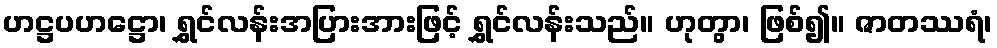
ဟဋ္ဌပဟဋ္ဌော၊ ရွှင်လန်းအပြားအားဖြင့် ရွှင်လန်းသည်။ ဟုတွာ၊ ဖြစ်၍။ ဇာတဿရံ၊